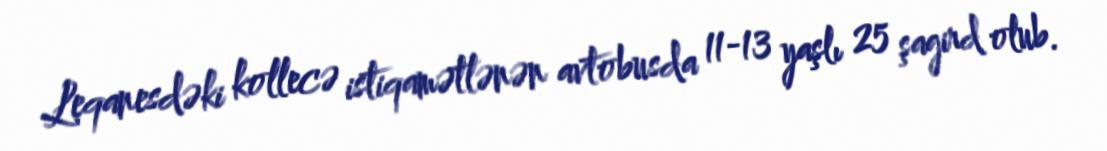
Leqanesdəki kollecə istiqamətlənən avtobusda 11-13 yaşlı 25 şagird olub.